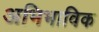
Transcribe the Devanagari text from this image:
अभिभाविक